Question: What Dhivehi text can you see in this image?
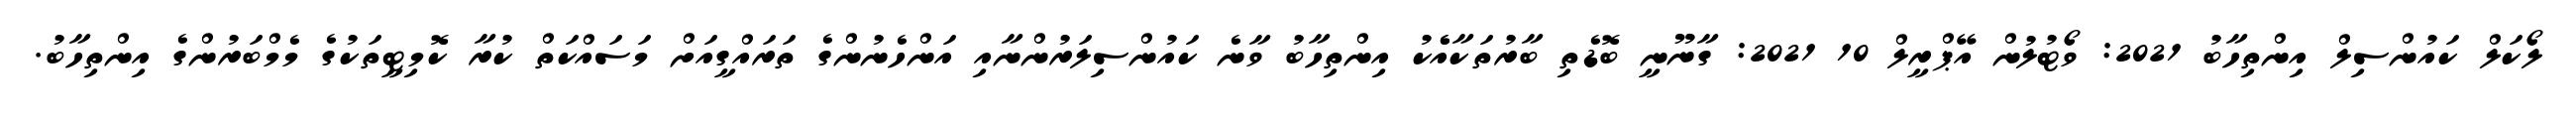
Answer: ލޯކަލް ކައުންސިލް އިންތިހާބު 2021: ވޯޓުލުން އޭޕްރީލް 10 2021: ގާނޫނީ ބޮޑެތި ބާރުތަކާއެެކު އިންތިހާބު ވާނެ ކައުންސިލަރުންނާއި އަންހެނުންގެ ތަރައްގީއަށް މަސައްކަތް ކުރާ ކޮމިޓީތަކުގެ މެމްބަރުންގެ އިންތިހާބު.